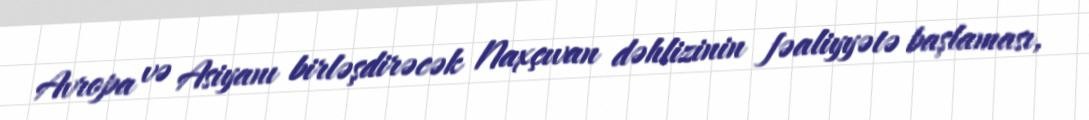
Avropa və Asiyanı birləşdirəcək Naxçıvan dəhlizinin fəaliyyətə başlaması,